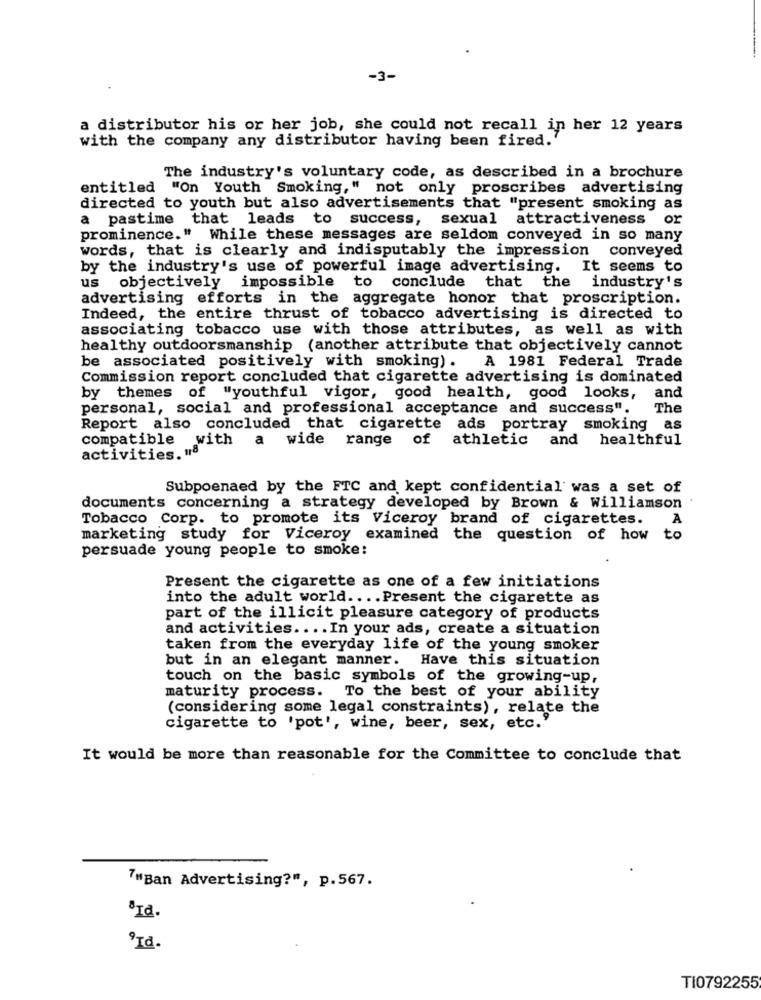
-3-
a distributor his or her job, she could not recall in her 12 years
with the company any distributor having been fired.
The industry's voluntary code, as described in a brochure
entitled "On Youth Smoking," not only proscribes advertising
directed to youth but also advertisements that "present smoking as
pastime that leads to success, sexual attractiveness or
prominence." While these messages are seldom conveyed in so many
words, that is clearly and indisputably the impression conveyed
by the industry's use of powerful image advertising. It seems to
us
objectively impossible to conclude that the industry's
advertising efforts in the aggregate honor that proscription.
Indeed, the entire thrust of tobacco advertising is directed to
associating tobacco use with those attributes, as well as with
healthy outdoorsmanship (another attribute that objectively cannot
be associated positively with smoking) .
A 1981 Federal Trade
Commission report concluded that cigarette advertising is dominated
and
by themes of "youthful vigor, good health, good looks,
personal, social and professional acceptance and success".
The
Report also concluded that cigarette ads portray smoking as
compatible with a wide range of athletic and healthful
activities. "8"*
Subpoenaed by the FTC and kept confidential was a set of
documents concerning a strategy developed by Brown & Williamson
Tobacco Corp. to promote its Viceroy brand of cigarettes.
A
marketing study for Viceroy examined the question of how
to
persuade young people to smoke:
Present the cigarette as one of a few initiations
into the adult world .... Present the cigarette as
part of the illicit pleasure category of products
and activities .... In your ads, create a situation
taken from the everyday life of the young smoker
but in an elegant manner. Have this situation
touch on the basic symbols of the growing-up,
maturity process. To the best of your ability
(considering some legal constraints) , relate the
cigarette to 'pot', wine, beer, sex, etc.'
It would be more than reasonable for the Committee to conclude that
7"Ban Advertising?", p.567.
BId.
PId.
TI0792255